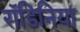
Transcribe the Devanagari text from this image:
रॉडिनिया